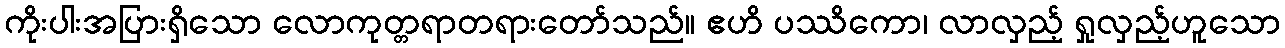
ကိုးပါးအပြားရှိသော လောကုတ္တရာတရားတော်သည်။ ဧဟိ ပဿိကော၊ လာလှည့် ရှုလှည့်ဟူသော